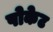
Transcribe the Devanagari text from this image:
पोकेट